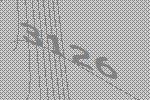
3126